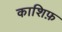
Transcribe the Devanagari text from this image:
काशिफ़